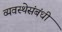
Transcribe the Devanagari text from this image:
व्यवस्थेसंबंधी